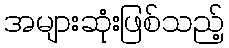
အများဆုံးဖြစ်သည့်